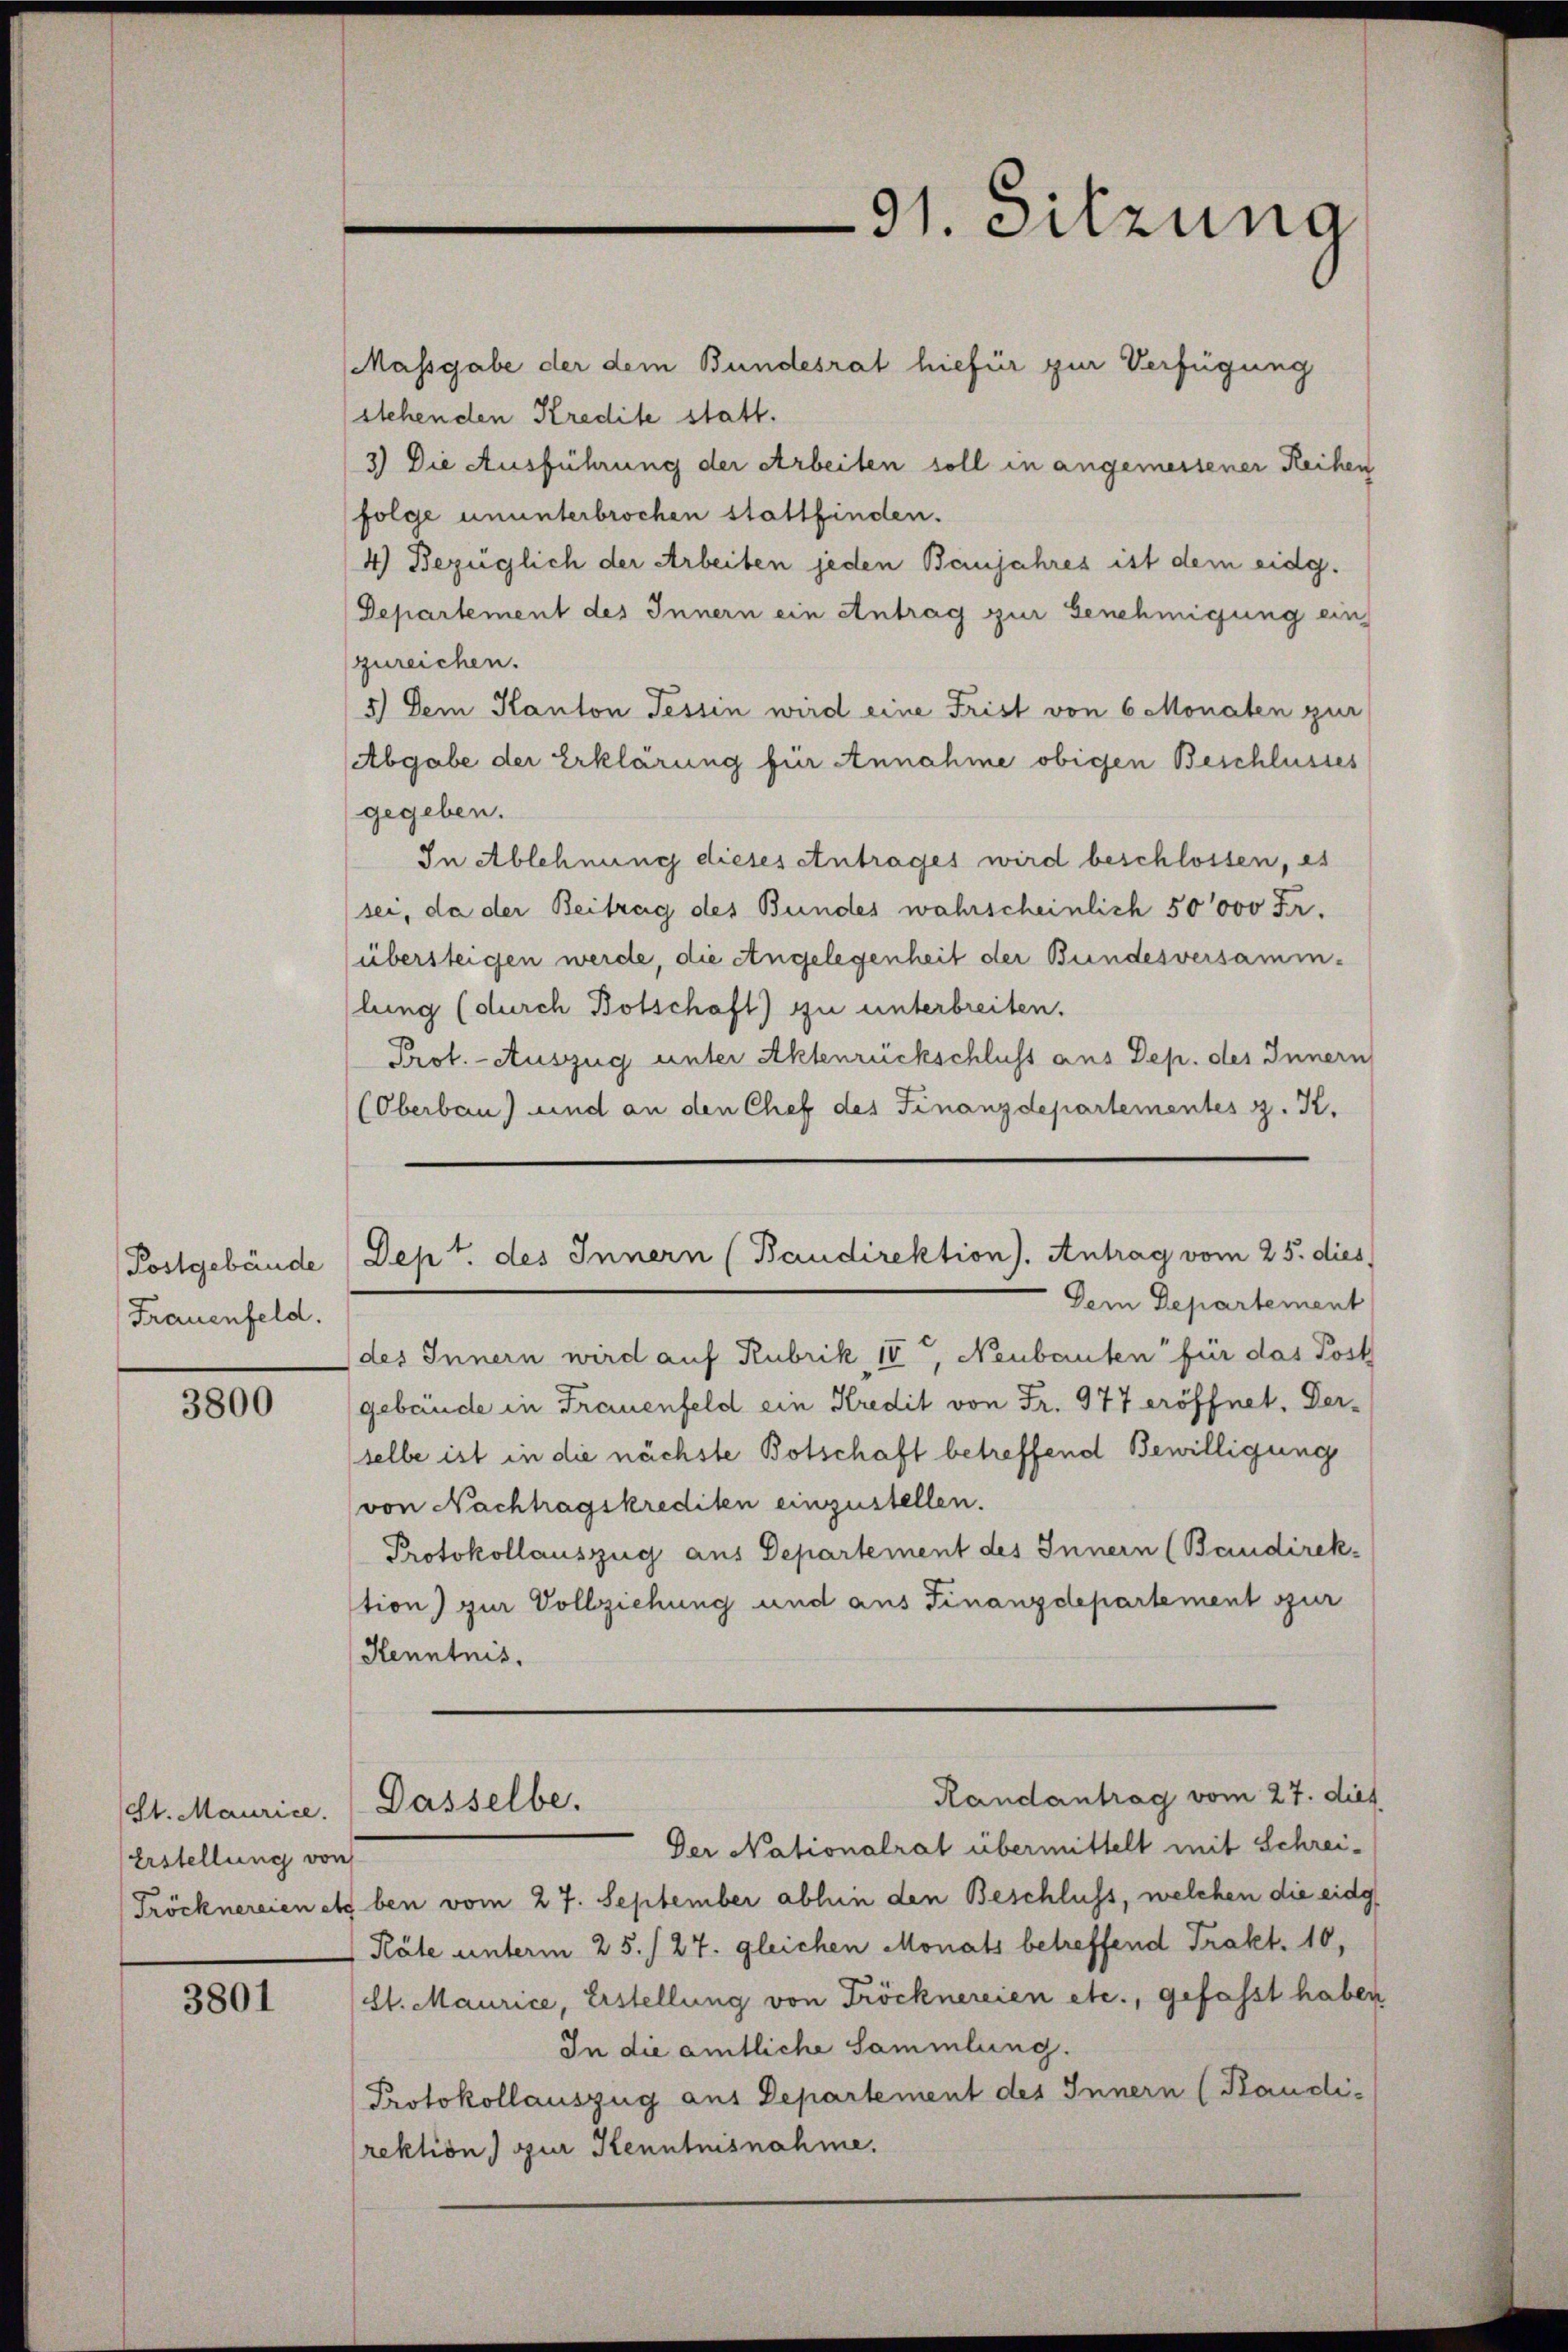
Postgebäude
Frauenfeld.

3800

St. Maurice.
Erstellung von

3801

Massgabe der dem Bundesrat hiefür zur Verfügung
stehenden Kredite statt.
3) Die Ausführung der Arbeiten soll in angemessener Reihen
(folge ununterbrochen stattfinden.
4) Bezüglich der Arbeiten jeden Banjahres ist dem eidg.
Departement des Innern ein Antrag zur Genehmigung ein
zureichen.
5) Dem Kanton Tessin wird eine Frist von 6 Monaten zur
(Abgabe der Erklärung für Annahme obigen Beschlusses
gegeben.
In Ablehnung dieses entrages wird beschlossen, es
sei, da der Beitrag des Bundes wahrscheinlich 50000 Fr.
(übersteigen werde, die Angelegenheit der Bundesversammlung (durch Botschaft) zu unterbreiten.
Prot. - Auszug unter Aktenrückschluss aus Dep. des Innern
(Oberbau) und an den Chef des Finanzdepartementes z. K.

91. Sitzung

Dept. des Innern (Baudirektion). Antrag vom 25. dies

Dem Departement
des Innern wird auf Rubrik 18, Neubauten für das Post
gebäude in Frauenfeld ein Kredit von Fr. 977 eröffnet. Derselbe ist in die nächste Botschaft betreffend Bewilligung
von Nachtragskrediten einzustellen.
Protokollauszug aus Departement des Innern (Baudirek-
tion) zur Vollziehung und aus Finanzdepartement sur
Kenntnis.

Der Nationalrat übermittelt mit Schrei-
Tröcknereien etc. ben vom 27. September abhin den Beschluss, welchen die eidg
Räte unterm 25. /27. gleichen Monats betreffend Trakt. 10,
(St. Maurice, Erstellung von Tröcknereien etc., gefasst haben
In die amtliche Sammlung.
Protokollauszug aus Departement des Innern (Kaudi-
rektion zur Kenntnisnahme.

Randantrag vom 27. dies
Dasselbe.